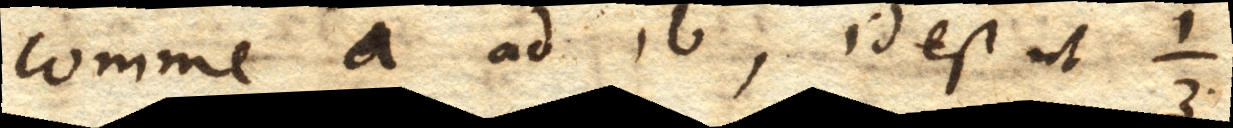
comme a ad b, id est ut 1/3